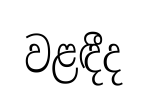
වළඳීද